Civil Veterinary Department. Central Provinces & Berar 1932-41 - 1932-1941
Year: 1932
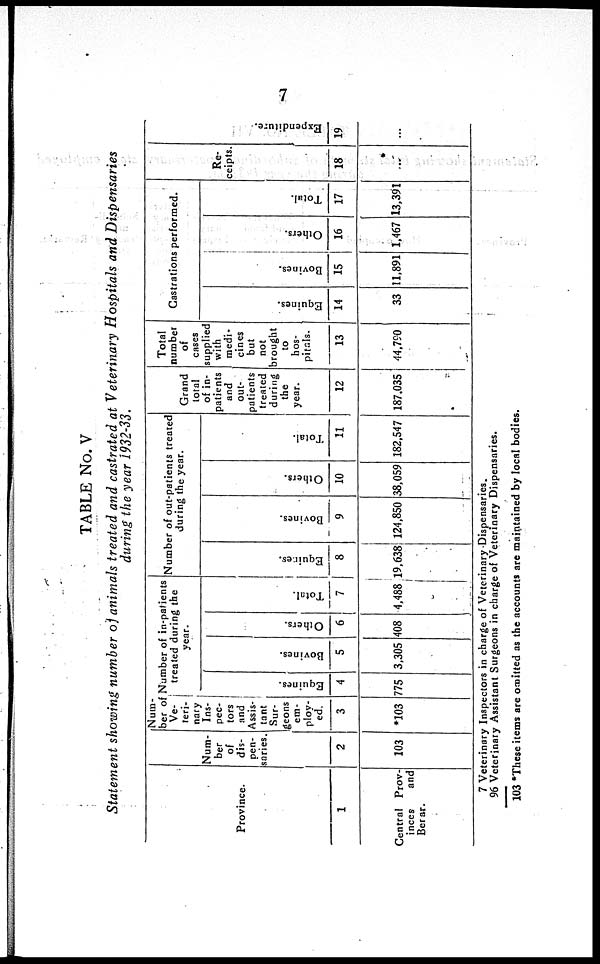
7
TABLE No. V
Statement showing number of animals treated and castrated at Veterinary Hospitals and Dispensaries
during the year 1932-33.
Province.
1
Central Prov-
inces
and
Berar.
Num-
ber
of
dis-
pen-
saries.
2
103
Num-
ber of
Ve-
teri-
nary
Ins-
pec-
tors
and
Assis-
tant
Sur-
geons
em-
ploy-
ed.
3
*103
Number of in-patients
treated during the
year.
Equines.
4
775
Bovines.
5
3,305
Others.
6
408
Total.
7
4,488
Number of out-patients treated
during the year.
Equines.
8
19,638
Bovines.
9
124,850
Others.
10
38,059
Total.
11
182,547
Grand
total
of in-
patients
and
out-
patients
treated
during
the
year.
12
187,035
Total
number
of
cases
supplied
with
medi-
cines
but
not
brought
to
hos-
pitals.
13
44,790
Castrations performed.
Equines.
14
33
Bovines.
15
11,891
Others.
16
1,467
Total.
17
13,391
Re-
ceipts.
18
...
Expenditure.
19
...
7
96
103
Veterinary Inspectors in charge of Veterinary Dispensaries.
Veterinary Assistant Surgeons in charge of Veterinary Dispensaries.
*These items are omitted as the accounts are maintained by local bodies.